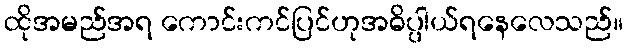
ထိုအမည်အရ ကောင်းကင်ပြင်ဟုအဓိပ္ပါယ်ရနေလေသည်။